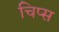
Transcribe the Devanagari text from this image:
चिप्‍स